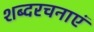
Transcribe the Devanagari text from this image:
शब्दरचनाएं